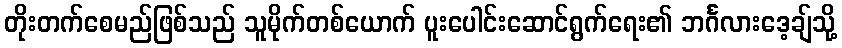
တိုးတက်စေမည်ဖြစ်သည် သူမိုက်တစ်ယောက် ပူးပေါင်းဆောင်ရွက်ရေး၏ ဘင်္ဂလားဒေ့ချ်သို့